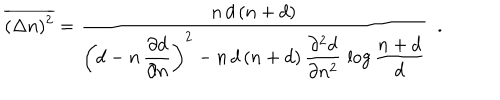
LaTeX: \overline { { { ( \Delta n ) ^ { 2 } } } } = \frac { n \, d \, ( n + d ) } { \left( d - n \, \displaystyle { \frac { \partial d } { \partial n } } \right) ^ { 2 } - n \, d \, ( n + d ) \, \displaystyle { \frac { \partial ^ { 2 } d } { \partial n ^ { 2 } } } \, \log \frac { n + d } { d } } \ \ .